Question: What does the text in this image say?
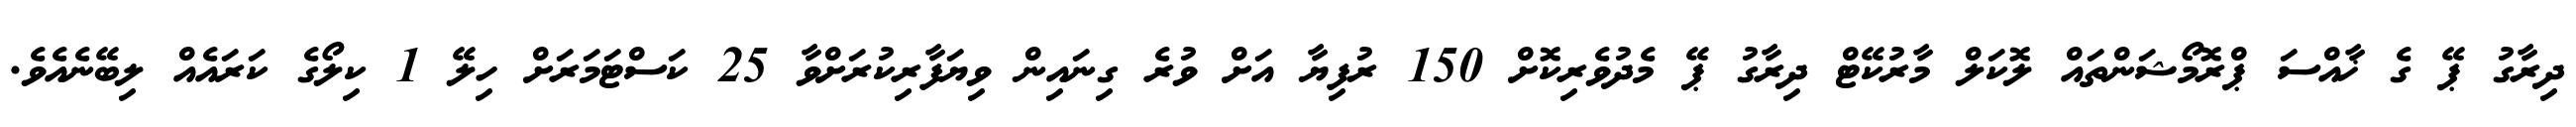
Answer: ދިރާގު ޕޭ ގެ ޚާއްސަ ޕްރޮމޯޝަންތައް ލޮކަލް މާރުކޭޓް ދިރާގު ޕޭ މެދުވެރިކޮށް 150 ރުފިޔާ އަށް ވުރެ ގިނައިން ވިޔަފާރިކުރަށްވާ 25 ކަސްޓަމަރަށް ހިލޭ 1 ކިލޯގެ ކަރައެއް ލިބޭނެއެވެ.